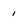
Character: 1